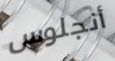
أنجلوس